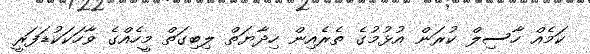
ކަމެއް ހާސިލް ކުރަން އުޅުމުގެ ތެރެއިން ހިދާޔަތް ލިބިގަތް މީހެއްގެ ވާހަކަކުޑަފަރީ